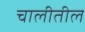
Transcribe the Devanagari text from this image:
चालीतील